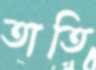
তাতি